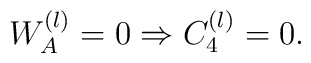
W_{A}^{(l)}=0 \Rightarrow  C_{4}^{(l)}=0.